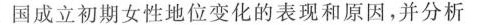
国成立初期女性地位变化的表现和原因，并分析